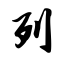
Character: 列